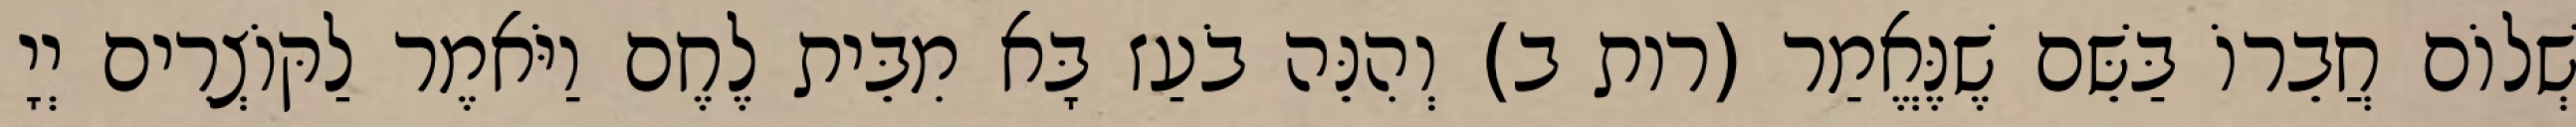
שְׁלוֹם חֲבֵרוֹ בַּשֵּׁם שֶׁנֶּאֱמַר (רות ב) וְהִנֵּה בֹעַז בָּא מִבֵּית לֶחֶם וַיֹּאמֶר לַקּוֹצְרִים יְיָ